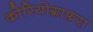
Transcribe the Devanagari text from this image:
कोरियोग्राफ़रा